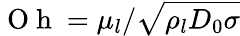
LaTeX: \mathrm{~O~h~}=\mu_{l}/\sqrt{\rho_{l}D_{0}\sigma}